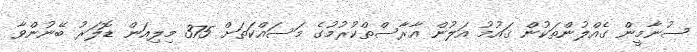
ސުނާމީން ގެއްލުންތަކުން ޤައުމު އަލުން އާރާސްތްކުރުމުގެ މަސައްކަތަށް 375 މިލިއަން ޑޮލަރު ބޭނުންވާ